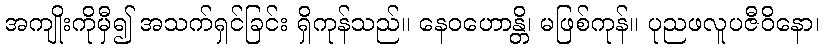
အကျိုးကိုမှီ၍ အသက်ရှင်ခြင်း ရှိကုန်သည်။ နေဝဟောန္တိ၊ မဖြစ်ကုန်။ ပုညဖလူပဇီဝိနော၊